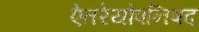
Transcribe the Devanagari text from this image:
ऐतरेयोपनिषद